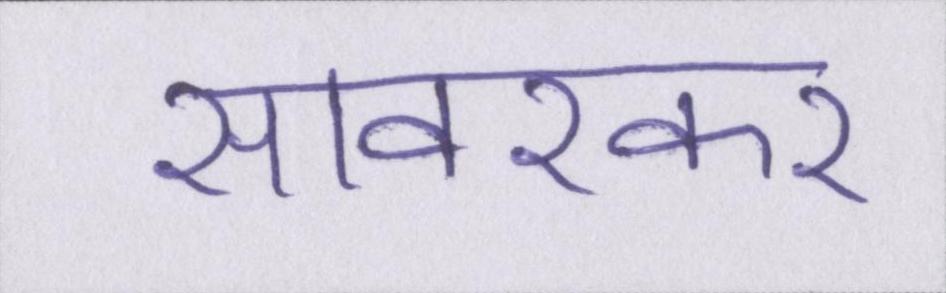
सावरकर